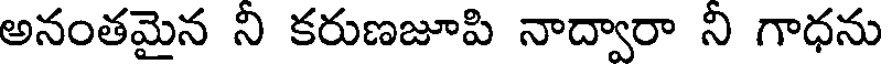
అనంతమైన ని కరుణజూపి నాద్వారా ని గాధను